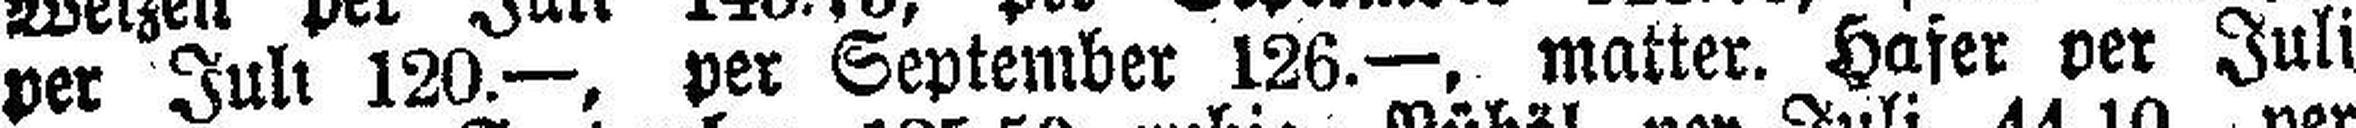
per Juli 120.—, per September 126.—, matter. Hafer per Juli